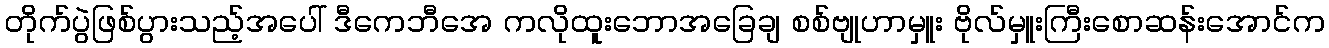
တိုက်ပွဲဖြစ်ပွားသည့်အပေါ် ဒီကေဘီအေ ကလိုထူးဘောအခြေချ စစ်ဗျုဟာမှူး ဗိုလ်မှူးကြီးစောဆန်းအောင်က